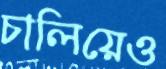
চালিয়েও